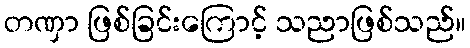
တဏှာ ဖြစ်ခြင်းကြောင့် သညာဖြစ်သည်။